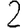
Digit: 2